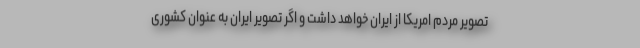
تصویر مردم امریکا از ایران خواهد داشت و اگر تصویر ایران به عنوان کشوری